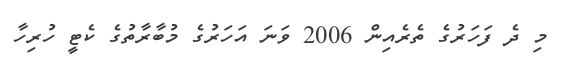
މި ދެ ފަހަރުގެ ތެރެއިން 2006 ވަނަ އަހަރުގެ މުބާރާތުގެ ކެޓީ ހުރިހާ